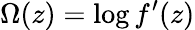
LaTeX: \Omega(z)=\log f^{\prime}(z)